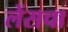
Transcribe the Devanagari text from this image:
लेंसचा